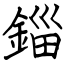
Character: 錙